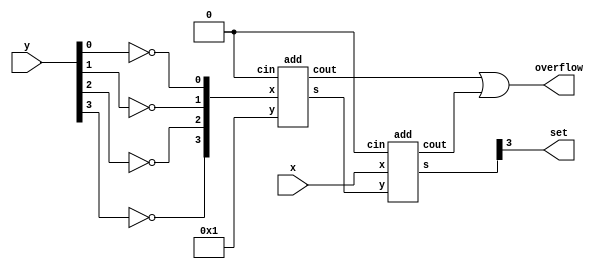
/* ========================================================= */
/*                  32BIT SLT MODULE                         */
/* ========================================================= */
module slt(x,y,set,overflow);
	input [3:0] x, y;
	output set, overflow;
	wire [3:0] ynot, one, sum, result;
	assign one = 4'b1;
	wire overflow1, overflow2, zero;
	assign zero = 1'b0;
	
	not(ynot[0],y[0]);
	not(ynot[1],y[1]);
	not(ynot[2],y[2]);
	not(ynot[3],y[3]);
	
	add adder0 (ynot,one,sum,overflow1,zero);
	add adder1 (x,sum,result,overflow2,zero);
	
	or(overflow,overflow1,overflow2);
	
	assign set = result[3];
	
	/* FOR TESTING:
	assign x = 4'b0001;
	assign y = 4'b0111;
	initial
		begin

		$monitor($time,,"x=%b, y=%b, set=%b, overflow=%b sum=%b result=%b",x,y,set,overflow,sum,result);
		$display($time,,"x=%b, y=%b, set=%b, overflow=%b sum=%b result=%b",x,y,set,overflow,sum,result);
		$display($time,,"x=%b, y=%b, set=%b, overflow=%b sum=%b result=%b",x,y,set,overflow,sum,result);
		end
	*/
endmodule


/* ========================================================= */
/*              UNCHANGED DEPENDENCY MODULES                 */
/* ========================================================= */
module add(x,y,s,cout,cin);
	input [3:0] x,y;
	output [3:0] s;
	input cin;
	output cout;
	wire c[3:0];
	
	fulladder f0 (x[0],y[0],cin,s[0],c[0]);
	fulladder f1 (x[1],y[1],c[0],s[1],c[1]);
	fulladder f2 (x[2],y[2],c[1],s[2],c[2]);
	fulladder f3 (x[3],y[3],c[2],s[3],cout);
endmodule

module fulladder(a, b, c, s, cout);
	input a, b, c;
	output s, cout;

	xor #1
		g1(w1, a, b),
		g2(s, w1, c);
	and #1
		g3(w2, c, b),
		g4(w3, c, a),
		g5(w4, a, b);
	or #1
		g6(cout, w2, w3, w4);
endmodule